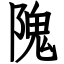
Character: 隗